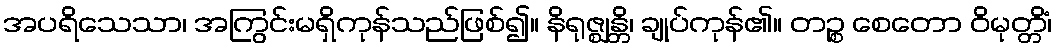
အပရိသေသာ၊ အကြွင်းမရှိကုန်သည်ဖြစ်၍။ နိရုဇ္ဈန္တိ၊ ချုပ်ကုန်၏။ တဉ္စ စေတော ဝိမုတ္တိံ၊